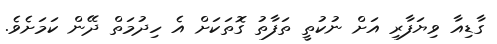
ގާޑިއާ ވިޔަފާރި އަށް ނުކުތީ ތަފާތު ގޮތަކަށް އެ ހިދުމަތް ދޭން ކަމަށެވެ.